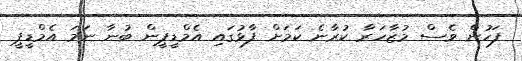
ފަހުން ވެސް މުޒާހަރާ ކުރާނެ ކަމަށް ފާޅުގައި އެމްޑީޕީން ބުނާ ނަމަ އެމްޑީޕީ